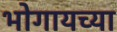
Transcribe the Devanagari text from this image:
भोगायच्या